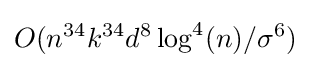
O(n^{34}k^{34}d^{8}\log ^{4}(n)/\sigma ^{6})